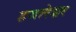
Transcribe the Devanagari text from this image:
हजारेश्वर